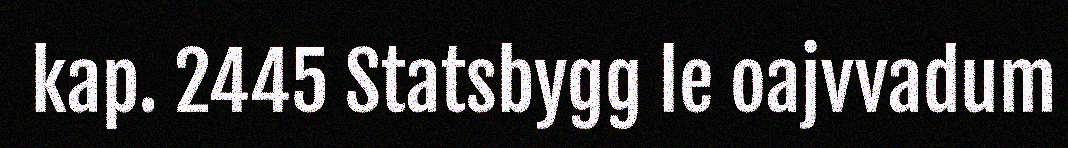
kap. 2445 Statsbygg le oajvvadum